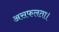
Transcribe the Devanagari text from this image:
असफलता।